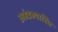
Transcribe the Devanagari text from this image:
अहंब्रह्यास्मि